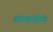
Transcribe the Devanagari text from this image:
वालसाविंगीस